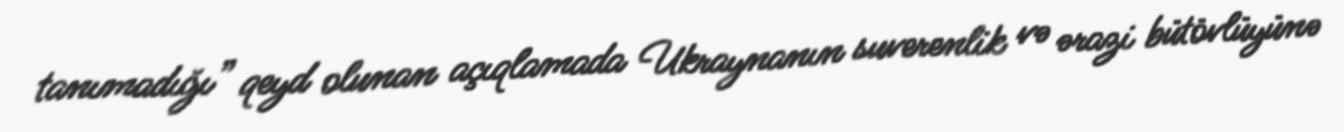
tanımadığı” qeyd olunan açıqlamada Ukraynanın suverenlik və ərazi bütövlüyünə